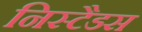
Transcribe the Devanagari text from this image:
निस्टैडस